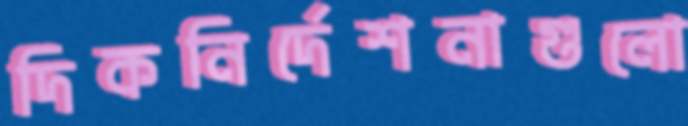
দিকনির্দেশনাগুলো